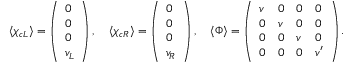
\langle \chi _ { c L } \rangle = \left( \begin{array} { l } { { 0 } } \\ { { 0 } } \\ { { 0 } } \\ { { v _ { L } } } \end{array} \right) , \quad \langle \chi _ { c R } \rangle = \left( \begin{array} { l } { { 0 } } \\ { { 0 } } \\ { { 0 } } \\ { { v _ { R } } } \end{array} \right) , \quad \langle \Phi \rangle = \left( \begin{array} { l l l l } { { v } } & { { 0 } } & { { 0 } } & { { 0 } } \\ { { 0 } } & { { v } } & { { 0 } } & { { 0 } } \\ { { 0 } } & { { 0 } } & { { v } } & { { 0 } } \\ { { 0 } } & { { 0 } } & { { 0 } } & { { v ^ { \prime } } } \end{array} \right) .